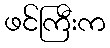
ဖင်ကြီးက